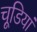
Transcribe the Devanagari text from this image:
चूडि़यां